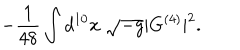
LaTeX: - \frac { 1 } { 4 8 } \int d ^ { 1 0 } x \; \sqrt { - g } | G ^ { ( 4 ) } | ^ { 2 } .